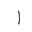
Letter: _alif